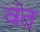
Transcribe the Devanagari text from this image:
वंत